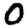
Digit: 0